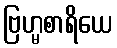
ဗြဟ္မစာရိယေ